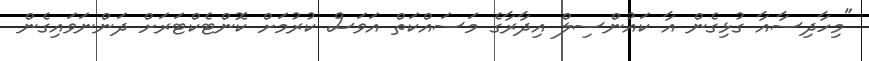
"މިހާދިސާއާ ގުޅިގެން އާ ކައުންސިލް އިދާރާގެ މަސައްކަތް އަވަސް ކުރުމަށް ކޮންޓެކްޓަރަށް ދަންނަވައިގެން